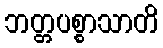
ဘတ္တပစ္စာသာတိ